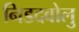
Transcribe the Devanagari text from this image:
निडदवोलु